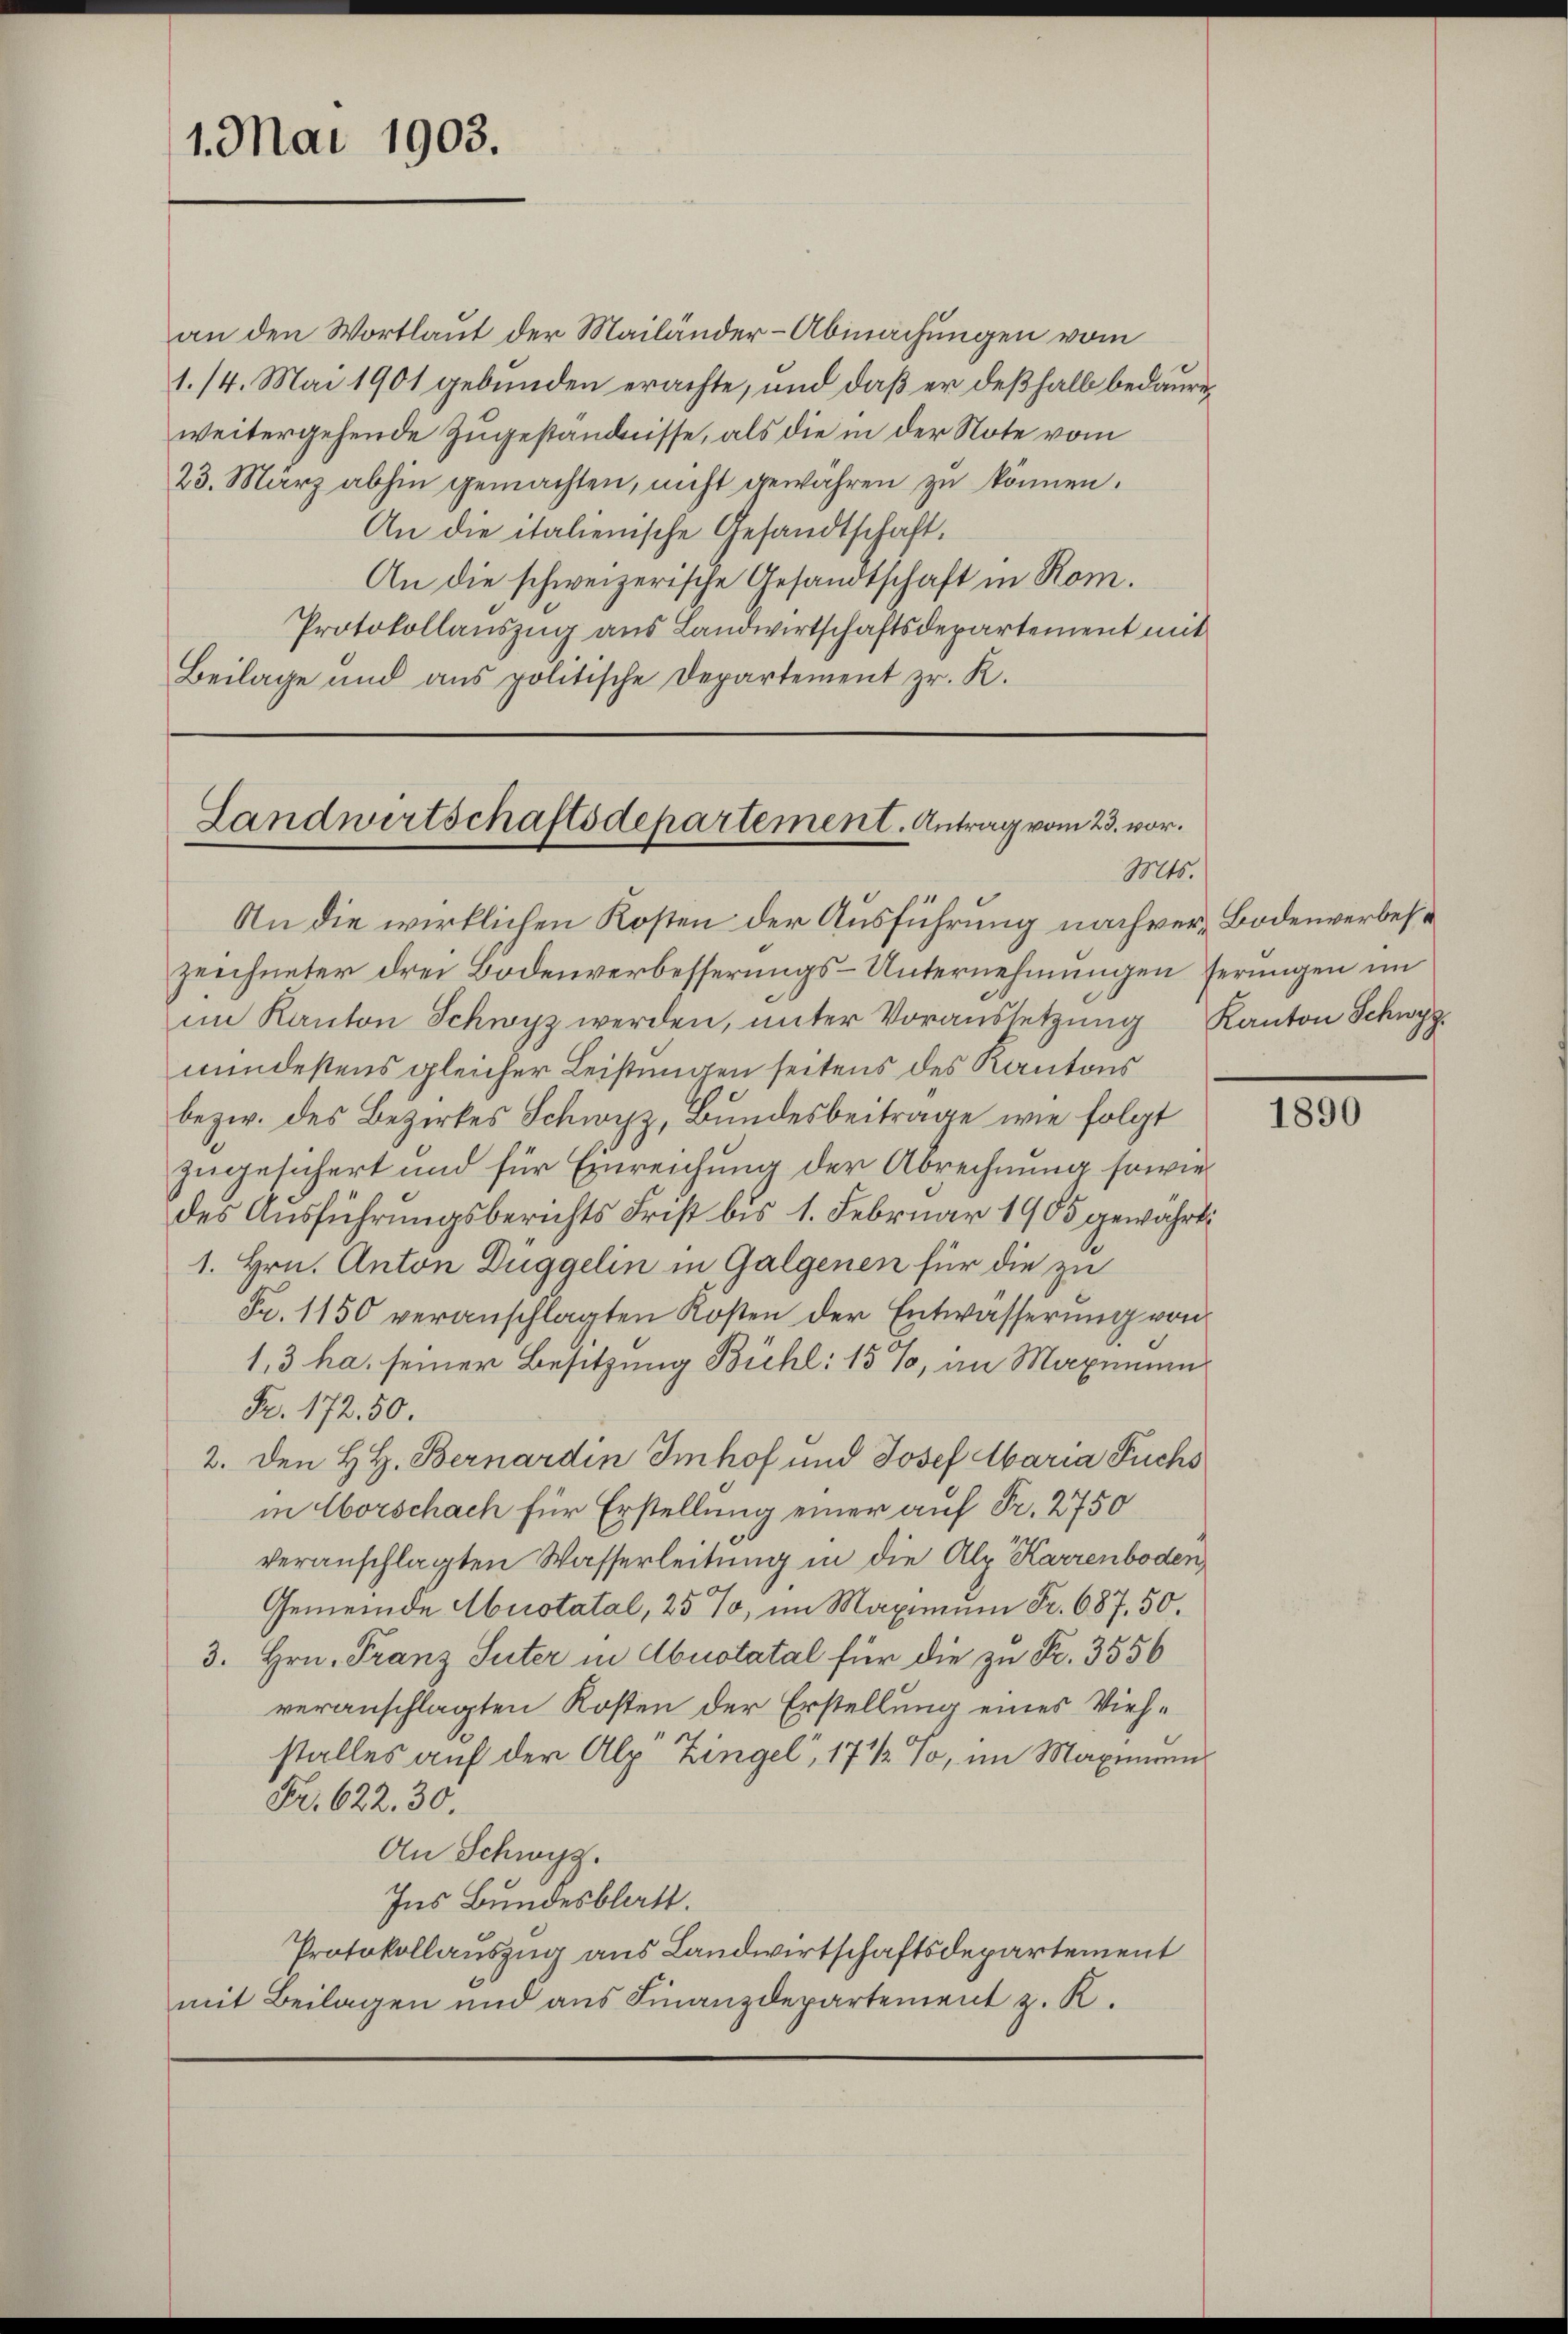
1. Mai 1903.

weitergehende Zugeständnisse, als die in der Note vom
23. März abhin gemachten, nicht gewähren zu können.
An die italienische Gesandtschaft.
An die schweizerische Gesandtschaft in Rom.
Protokollauszug aus Landwirtschaftsdepartement mit
Beilage und ans politische Departement zr. K.

Landwirtschaftsdepartement. Antrag vom 23. vor.
Mts.

An die wirklichen Kosten der Ausführung nach ver-Bodenverbeszeichneter drei Bodenverbesserungs-Unternehmungen ferungen im
im Kanton Schwyz werden, unter Voraussetzung Kanton Schwyz
mindestens gleicher Leistungen seitens des Kantons
bezw. des Bezirkes Schwyz, Bundesbeitrage wie folgt
zugesichert und für Einreichung der Abrechnung sowie
des Ausführungsberichts Frist bis 1. Februar 1905 gewährte
1. Hrn. Anton Duggelin in Galgenen für die zu
Fr. 1150 veranschlagten Kosten der Entwässerung von
1,3 ha. seiner Besitzung Bühl: 15%, im Maximum
Fr. 172. 50.
2. Den H. H. Bernardin Imhof und Josef Maria Fuchs
in Oberschach für Erstellung einer auf Fr. 2750
veranschlagten Wasserleitung in die Alp. Karrenboden
Gemeinde Abnotatal, 25 %, im Maximum Fr. 687. 50.
3. Hrn. Franz Suter in Abuotatal für die zu Fr. 3556
veranschlagten Kosten der Erstellung eines Viehstalles auf der Alp Zingel, 17 1/2 %, im Maximiren
Fr. 622. 30.
An Schwyz.
Ins Bundesblatt.
Protokollauszug aus Landwirtschaftsdepartement
mit Beilagen und aus Finanzdepartement z. K.

an den Wortlaut der Mailänder-Abmachungen vom
1./4. Mai 1901 gebunden erachte, und daß er deßhalb bedaure,

1890